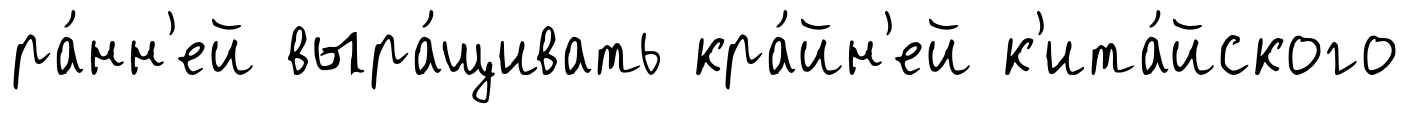
ра́нн'ей выра́щивать кра́йн'ей к'ита́йского